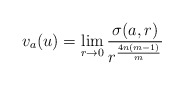
\begin{align*}v_a(u)=\lim_{r\to0} {\frac{\sigma(a,r)}{{r}^{\frac{4n(m-1)}{m}}}}\end{align*}